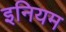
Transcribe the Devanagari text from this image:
इनियम